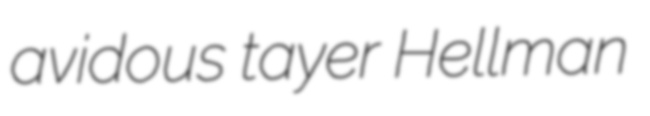
avidous tayer Hellman